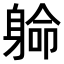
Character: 𨉟